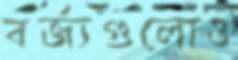
বর্জ্যগুলোও